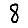
Digit: 8